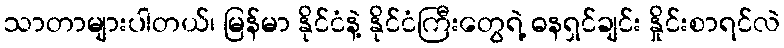
သာတာများပါတယ်၊ မြန်မာ နိုင်ငံနဲ့ နိုင်ငံကြီးတွေရဲ့ ဓနရှင်ချင်း နှိုင်းစာရင်လဲ